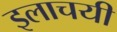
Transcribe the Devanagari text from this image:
इलाचयी